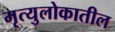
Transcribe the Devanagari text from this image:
मृत्युलोकातील